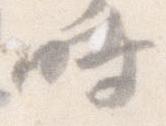
時